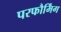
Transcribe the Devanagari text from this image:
परफौर्मिंग